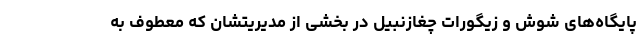
پایگاه‌های شوش و زیگورات چغازنبیل در بخشی از مدیریتشان که معطوف به